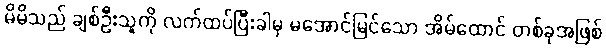
မိမိသည် ချစ်ဦးသူကို လက်ထပ်ပြီးခါမှ မအောင်မြင်သော အိမ်ထောင် တစ်ခုအဖြစ်